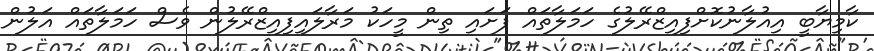
ކާމިޔާބީ އިއުލާނުކޮށްފިއިޒްރޭލުގެ ހަމަލާތައް ފަށައި ތިން މީހަކު މަރާލައިފިއިޒްރޭލުން ވެސް ހަމަލާތައް އަލުން